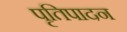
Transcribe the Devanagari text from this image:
पृतिपादन